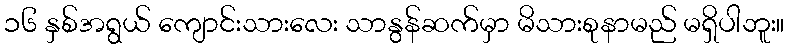
၁၆ နှစ်အရွယ် ကျောင်းသားလေး သာနွန်ဆက်မှာ မိသားစုနာမည် မရှိပါဘူး။